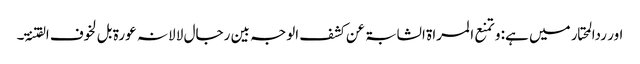
اور ردالمحتار میں ہے: و تمنع ا لمراۃ الشابۃ عن کشف الوجہ بین رجال لا لانہ عورۃ بل لخوف الفتنۃ۔